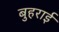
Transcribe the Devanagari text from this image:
बुहराई